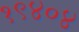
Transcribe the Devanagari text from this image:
१९४०४